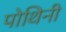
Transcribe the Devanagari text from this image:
पोथिनी